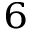
_ 6